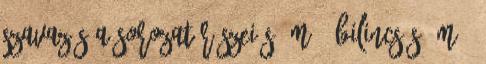
szavazás A sorozat részei s m , bilincs s m ,